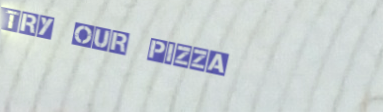
Try Our Pizza